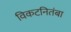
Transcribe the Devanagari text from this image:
विकटनितंबा